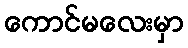
ကောင်မလေးမှာ